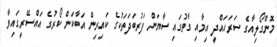
މޮންގޯލިއާގެ ސަރަހައްދީ އިމާއި ގާތުގައި ސާޔަން ފަރުބަދަތަކުގެ ކައިރިން އަބާކަން ކޯރުގެ އައްސޭރީގައިވާ